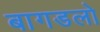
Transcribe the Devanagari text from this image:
बागडलो